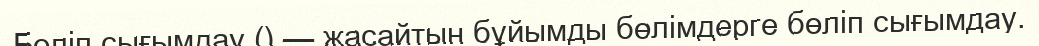
Бөлiп сығымдау () — жасайтын бұйымды бөлімдерге бөліп сығымдау.